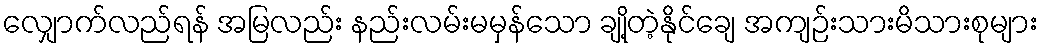
လျှောက်လည်ရန် အမြလည်း နည်းလမ်းမမှန်သော ချို့တဲ့နိုင်ချေ အကျဉ်းသားမိသားစုများ